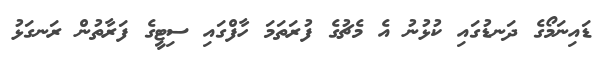
ޑައިނަމޯގެ ދަނޑުގައި ކުޅުނު އެ މެޗުގެ ފުރަތަމަ ހާފްގައި ސިޓީގެ ފަރާތުން ރަނގަޅު